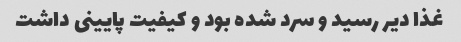
غذا دیر رسید و سرد شده بود و کیفیت پایینی داشت